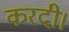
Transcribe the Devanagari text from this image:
करदी।